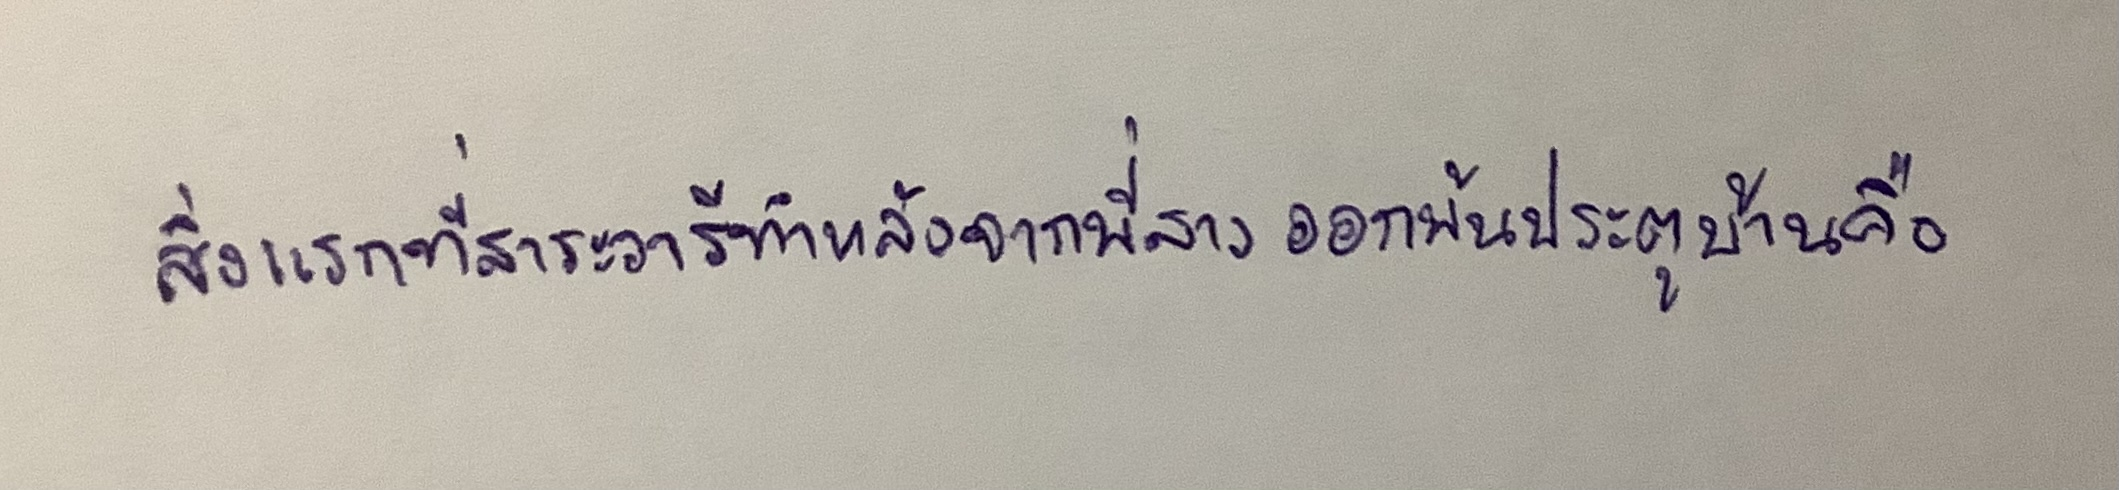
สิ่งแรกที่สาระวารีทำหลังจากพี่สาวออกพ้นประตูบ้านก็คือ